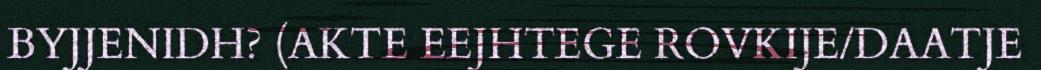
BYJJENIDH? (AKTE EEJHTEGE ROVKIJE/DAATJE